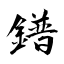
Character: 鐠